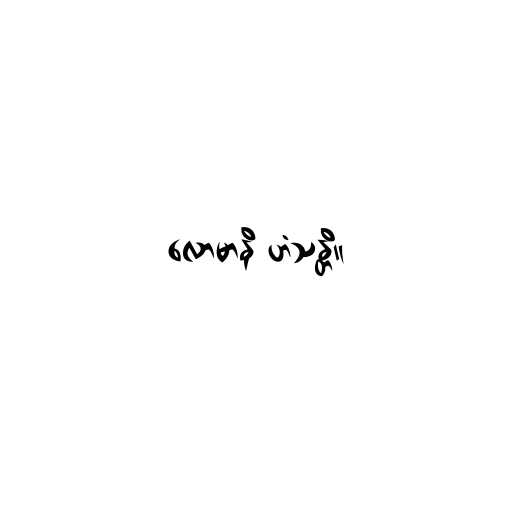
လောမာနိ ဟံသန္တိ။